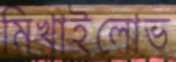
মিখাইলোভ